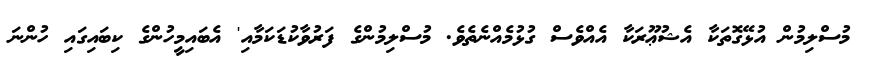
މުސްލިމުން އުޅޭގޮތަކާ އެޝުޢޫރަކާ އެއްވެސް ގުޅުމެއްނެތެވެ. މުސްލިމުންގެ ފަރުވާކުޑަކަމާއި' އެބައިމީހުންގެ ކިބައިގައި ހުންނަ